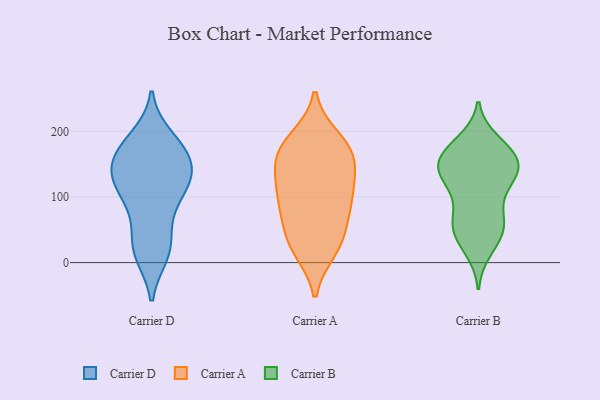
{"axis": {"x": "LTV (USD)", "y": "Value"}, "legend": ["Carrier A", "Carrier B", "Carrier D"], "data": [{"x": "", "y": 141, "type": "Carrier D"}, {"x": "", "y": 86, "type": "Carrier D"}, {"x": "", "y": 130, "type": "Carrier D"}, {"x": "", "y": 24, "type": "Carrier D"}, {"x": "", "y": 29, "type": "Carrier D"}, {"x": "", "y": 62, "type": "Carrier D"}, {"x": "", "y": 105, "type": "Carrier D"}, {"x": "", "y": 177, "type": "Carrier D"}, {"x": "", "y": 155, "type": "Carrier D"}, {"x": "", "y": 121, "type": "Carrier D"}, {"x": "", "y": 153, "type": "Carrier D"}, {"x": "", "y": 182, "type": "Carrier D"}, {"x": "", "y": 12, "type": "Carrier D"}, {"x": "", "y": 12, "type": "Carrier D"}, {"x": "", "y": 174, "type": "Carrier D"}, {"x": "", "y": 109, "type": "Carrier D"}, {"x": "", "y": 191, "type": "Carrier D"}, {"x": "", "y": 146, "type": "Carrier D"}, {"x": "", "y": 123, "type": "Carrier D"}, {"x": "", "y": 188, "type": "Carrier A"}, {"x": "", "y": 174, "type": "Carrier A"}, {"x": "", "y": 88, "type": "Carrier A"}, {"x": "", "y": 20, "type": "Carrier A"}, {"x": "", "y": 29, "type": "Carrier A"}, {"x": "", "y": 143, "type": "Carrier A"}, {"x": "", "y": 174, "type": "Carrier A"}, {"x": "", "y": 90, "type": "Carrier A"}, {"x": "", "y": 87, "type": "Carrier A"}, {"x": "", "y": 27, "type": "Carrier A"}, {"x": "", "y": 150, "type": "Carrier A"}, {"x": "", "y": 172, "type": "Carrier A"}, {"x": "", "y": 111, "type": "Carrier A"}, {"x": "", "y": 53, "type": "Carrier A"}, {"x": "", "y": 125, "type": "Carrier A"}, {"x": "", "y": 68, "type": "Carrier B"}, {"x": "", "y": 164, "type": "Carrier B"}, {"x": "", "y": 152, "type": "Carrier B"}, {"x": "", "y": 167, "type": "Carrier B"}, {"x": "", "y": 130, "type": "Carrier B"}, {"x": "", "y": 145, "type": "Carrier B"}, {"x": "", "y": 119, "type": "Carrier B"}, {"x": "", "y": 135, "type": "Carrier B"}, {"x": "", "y": 165, "type": "Carrier B"}, {"x": "", "y": 183, "type": "Carrier B"}, {"x": "", "y": 60, "type": "Carrier B"}, {"x": "", "y": 57, "type": "Carrier B"}, {"x": "", "y": 126, "type": "Carrier B"}, {"x": "", "y": 21, "type": "Carrier B"}, {"x": "", "y": 76, "type": "Carrier B"}, {"x": "", "y": 132, "type": "Carrier B"}, {"x": "", "y": 38, "type": "Carrier B"}, {"x": "", "y": 43, "type": "Carrier B"}, {"x": "", "y": 172, "type": "Carrier B"}]}